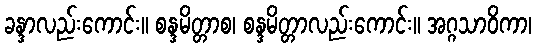
ခန္ဒာလည်းကောင်း။ စန္ဒမိတ္တာစ၊ စန္ဒမိတ္တာလည်းကောင်း။ အဂ္ဂသာဝိကာ၊